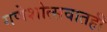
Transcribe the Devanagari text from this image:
गणेशोत्सवातही